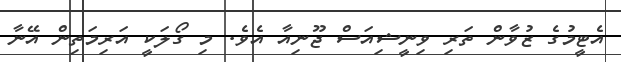
އެޓީމުގެ ޒުވާން ތަރި ވިނީީޝިއަސް ޖޫނިއާ އެވެ. މި ގޯލަކީ އަރިމަތިން އޭނާ